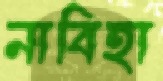
নাবিহা